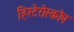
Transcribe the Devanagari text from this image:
हिस्टेरोस्कोप